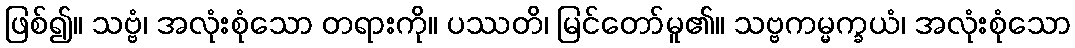
ဖြစ်၍။ သဗ္ဗံ၊ အလုံးစုံသော တရားကို။ ပဿတိ၊ မြင်တော်မူ၏။ သဗ္ဗကမ္မက္ခယံ၊ အလုံးစုံသော